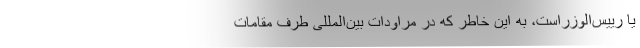
یا رییس‌الوزراست، به این خاطر که در مراودات بین‌المللی طرفِ مقامات